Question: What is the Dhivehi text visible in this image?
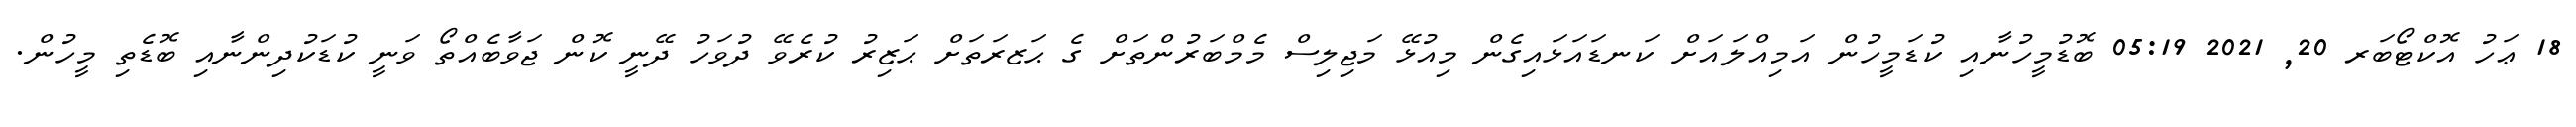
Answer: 18 ޢަހު އޮކްޓޯބަރ 20, 2021 05:19 ބޮޑުމީހުނާއި ކުޑަމީހުން އަމިއްލައަށް ކަނޑައަޅައިގެން މިއުޅޭ މަޖިލިސް މެމްބަރުންތަށް ގެ ޙަޒރަތަށް ޙަޒިރު ކުރެވޭ ދުވަހު ދޭނީ ކޮން ޖަވާބެއްތޯ ވަނީ ކުޑަކުދިންނާއި ބޮޑެތި މީހުން.